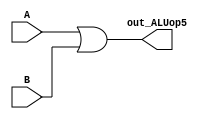
`timescale 1ns / 1ps
//////////////////////////////////////////////////////////////////////////////////
// Module Name:    Or32bit
//////////////////////////////////////////////////////////////////////////////////
module Or32bit(A, B, out_ALUop5);
    input [31:0]A,B;
    output reg[31:0]out_ALUop5;
	always @(A,B)
	begin
	 out_ALUop5 <= A | B;
	end
endmodule